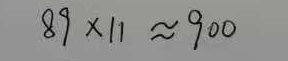
8 9 \times 1 1 \approx 9 0 0